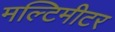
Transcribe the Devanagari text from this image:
मल्टिमीटर